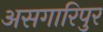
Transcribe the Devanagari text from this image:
असगारिपुर